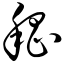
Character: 嵇